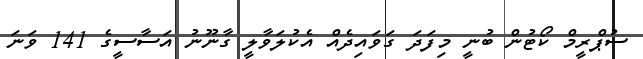
ސުޕްރީމް ކޯޓުން ބުނީ މިފަދަ ގަވައިދެއް އެކުލަވާލީ ގާނޫނު އަސާސީގެ 141 ވަނަ